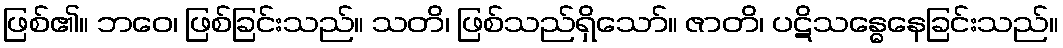
ဖြစ်၏။ ဘဝေ၊ ဖြစ်ခြင်းသည်။ သတိ၊ ဖြစ်သည်ရှိသော်။ ဇာတိ၊ ပဋိသန္ဓေနေခြင်းသည်။